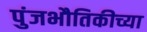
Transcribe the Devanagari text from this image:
पुंजभौतिकीच्या